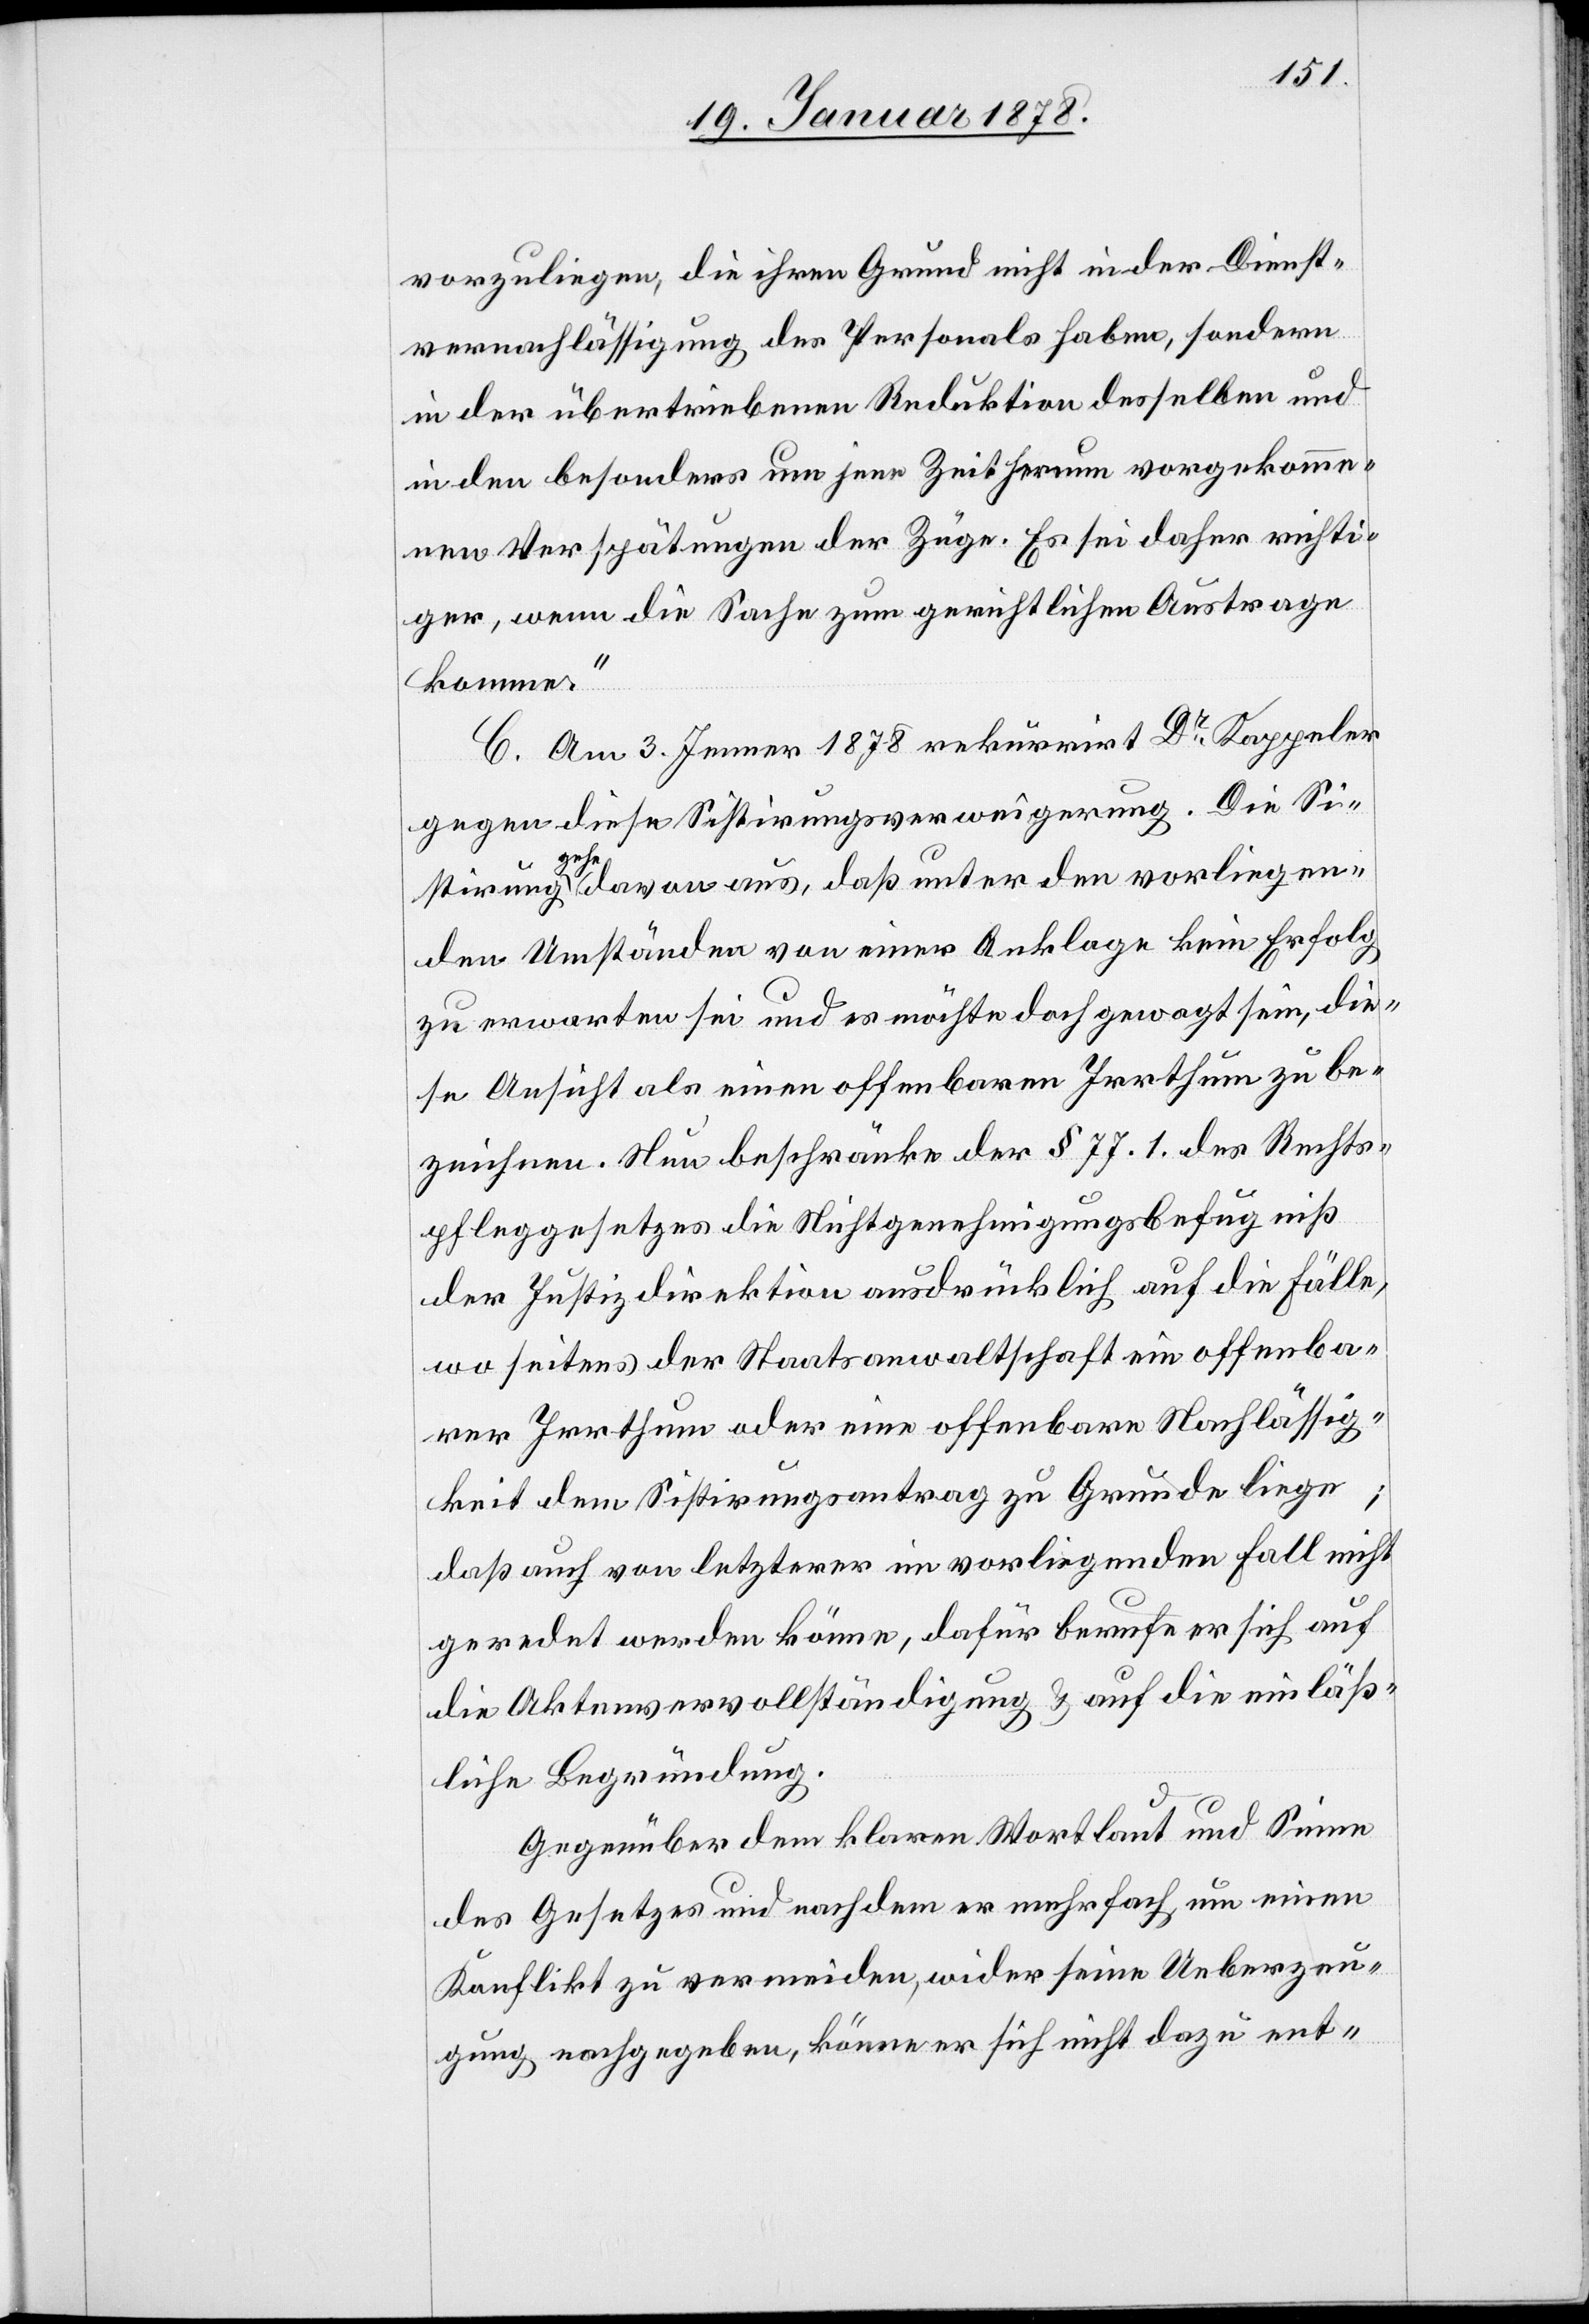
vorzuliegen, die ihren Grund nicht in der Dienst¬
vernachlässigung des Personals haben, sondern
in der übertriebenen Reduktion desselben und
in den besonders um jener Zeit herum vorgekomme¬
nen Verspätungen der Züge. Es sei daher richti¬
ger, wenn die Sache zum gerichtlichen Austrage
komme.“
C. Am 3. Jenner 1878 rekurrirt Dr. Kappeler
gegen diese Sistirungsverweigerung. Die Si¬
stirung a-gehe-a davon aus, daß unter den vorliegen¬
den Umständen von einer Anklage kein Erfolg
zu erwarten sei und es möchte doch gewagt sein, die¬
se Ansicht als einen offenbaren Irrthum zu be¬
zeichnen. Nun beschränke der § 77.1. des Rechts¬
pfleggesetzes die Nichtgenehmigungsbefugniß
der Justizdirektion ausdrücklich auf die Fälle,
wo seitens der Staatsanwaltschaft ein offenba¬
rer Irrthum oder eine offenbare Nachlässig¬
keit dem Sistirungsantrag zu Grunde liege;
daß auch von letzterer im vorliegenden Fall nicht
geredet werden könne, dafür berufe er sich auf
die Aktenvervollständigung & auf die einläß¬
liche Begründung.
Gegenüber dem klaren Wortlaut und Sinne
des Gesetzes und nachdem er mehrfach, um einen
Konflikt zu vermeiden, wider seine Ueberzeu¬
gung nachgegeben, könne er sich nicht dazu ent-